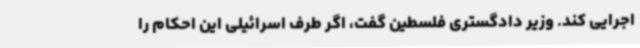
اجرایی کند. وزیر دادگستری فلسطین گفت، اگر طرف اسرائیلی این احکام را